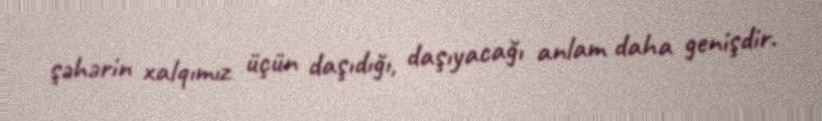
şəhərin xalqımız üçün daşıdığı, daşıyacağı anlam daha genişdir.